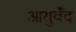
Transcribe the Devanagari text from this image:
आयुर्वेंद